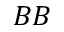
B B